Report of the Indian Hemp Drugs Commission, 1894-1895 - Volume IV
Year: 1894
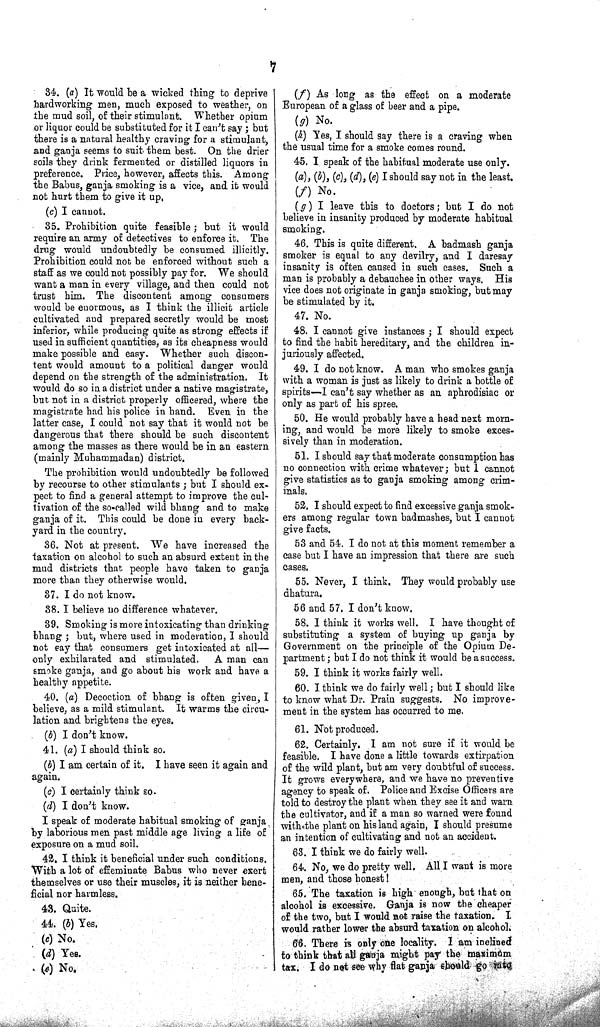
7
34. (a) It would be a wicked thing to deprive
hardworking men, much exposed to weather, on
the mud soil, of their stimulant. Whether opium
or liquor could be substituted for it I can't say; but
there is a natural healthy craving for a stimulant,
and ganja seems to suit them best. On the drier
soils they drink fermented or distilled liquors in
preference. Price, however, affects this. Among
the Babus, ganja smoking is a vice, and it would
not hurt them to give it up.
(c) I cannot.
35. Prohibition quite feasible; but it would
require an army of detectives to enforce it. The
drug would undoubtedly be consumed illicitly.
Prohibition could not be enforced without such a
staff as we could not possibly pay for. We should
want a man in every village, and then could not
trust him. The discontent among consumers
would be enormous, as I think the illicit article
cultivated and prepared secretly would be most
inferior, while producing quite as strong effects if
used in sufficient quantities, as its cheapness would
make possible and easy. Whether such discon-
tent would amount to a political danger would
depend on the strength of the administration. It
would do so in a district under a native magistrate,
but not in a district properly officered, where the
magistrate had his police in hand. Even in the
latter case, I could not say that it would not be
dangerous that there should be such discontent
among the masses as there would be in an eastern
(mainly Muhammadan) district.
The prohibition would undoubtedly be followed
by recourse to other stimulants; but I should ex-
pect to find a general attempt to improve the cul-
tivation of the so-called wild bhang and to make
ganja of it. This could be done in every back-
yard in the country.
36. Not at present. We have increased the
taxation on alcohol to such an absurd extent in the
mud districts that people have taken to ganja
more than they otherwise would.
37. I do not know.
38. I believe no difference whatever.
39. Smoking is more intoxicating than drinking
bhang; but, where used in moderation, I should
not say that consumers get intoxicated at all—
only exhilarated and stimulated. A man can
smoke ganja, and go about his work and have a
healthy appetite.
40. (a) Decoction of bhang is often given, I
believe, as a mild stimulant. It warms the circu-
lation and brightens the eyes.
(b) I don't know.
41. (a) I should think so.
(b) I am certain of it. I have seen it again and
again.
(c) I certainly think so.
(d) I don't know.
I speak of moderate habitual smoking of ganja
by laborious men past middle age living a life of
exposure on a mud soil.
42. I think it beneficial under such conditions.
With a lot of effeminate Babus who never exert
themselves or use their muscles, it is neither bene-
ficial nor harmless.
43. Quite.
44. (b) Yes.
(c) No.
(d) Yes.
(e) No.
(f) As long as the effect on a moderate
European of a glass of beer and a pipe.
(g) No.
(h) Yes, I should say there is a craving when
the usual time for a smoke comes round.
45. I speak of the habitual moderate use only.
(a), (b), (c), (d), (e) I should say not in the least.
(f) No.
(g) I leave this to doctors; but I do not
believe in insanity produced by moderate habitual
smoking.
46. This is quite different. A badmash ganja
smoker is equal to any devilry, and I daresay
insanity is often caused in such cases. Such a
man is probably a debauchee in other ways. His
vice does not originate in ganja smoking, but may
be stimulated by it.
47. No.
48. I cannot give instances; I should expect
to find the habit hereditary, and the children in-
juriously affected.
49. I do not know. A man who smokes ganja
with a woman is just as likely to drink a bottle of
spirits—I can't say whether as an aphrodisiac or
only as part of his spree.
50. He would probably have a head next morn-
ing, and would be more likely to smoke exces-
sively than in moderation.
51. I should say that moderate consumption has
no connection with crime whatever; but I cannot
give statistics as to ganja smoking among crim-
inals.
52. I should expect to find excessive ganja smok-
ers among regular town badmashes, but I cannot
give facts.
53 and 54. I do not at this moment remember a
case but I have an impression that there are such
cases.
55. Never, I think. They would probably use
dhatura.
56 and 57. I don't know.
58. I think it works well. I have thought of
substituting a system of buying up ganja by
Government on the principle of the Opium De-
partment; but I do not think it would be a success.
59. I think it works fairly well.
60. I think we do fairly well; but I should like
to know what Dr. Prain suggests. No improve-
ment in the system has occurred to me.
61. Not produced.
62. Certainly. I am not sure if it would be
feasible. I have done a little towards extirpation
of the wild plant, but am very doubtful of success.
It grows everywhere, and we have no preventive
agency to speak of. Police and Excise Officers are
told to destroy the plant when they see it and warn
the cultivator, and if a man so warned were found
with the plant on his land again, I should presume
an intention of cultivating and not an accident.
63. I think we do fairly well.
64. No, we do pretty well. All I want is more
men, and those honest!
65. The taxation is high enough, but that on
alcohol is excessive. Ganja is now the cheaper
of the two, but I would not raise the taxation. I
would rather lower the absurd taxation on alcohol.
66. There is only one locality. I am inclined
to think that all ganja might pay the maximum
tax. I do not see why flat ganja should go into